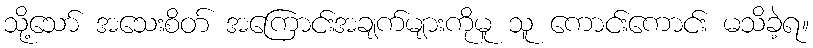
သို့သော် အသေးစိတ် အကြောင်းအချက်များကိုမူ သူ ကောင်းကောင်း မသိခဲ့ရ။